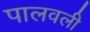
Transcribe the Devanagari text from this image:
पालवली